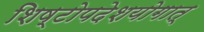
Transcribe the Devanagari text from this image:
शिष्टोपदेशयोगात्